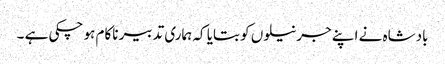
بادشاہ نے اپنے جرنیلوں کو بتایا کہ ہماری تدبیر ناکام ہو چکی ہے ۔